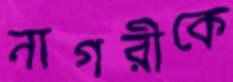
নাগরীকে